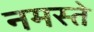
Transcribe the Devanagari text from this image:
नमस्‍ते